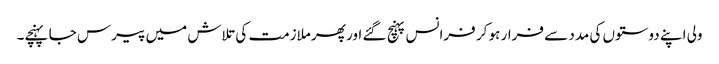
ولی اپنے دوستوں کی مدد سے فرار ہو کر فرانس پہنچ گئے اور پھر ملازمت کی تلاش میں پیرس جا پہنچے۔